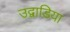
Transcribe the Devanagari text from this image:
उद्वाडिया